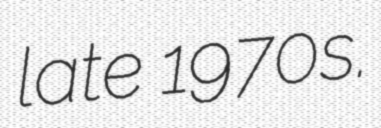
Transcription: late 1970s.